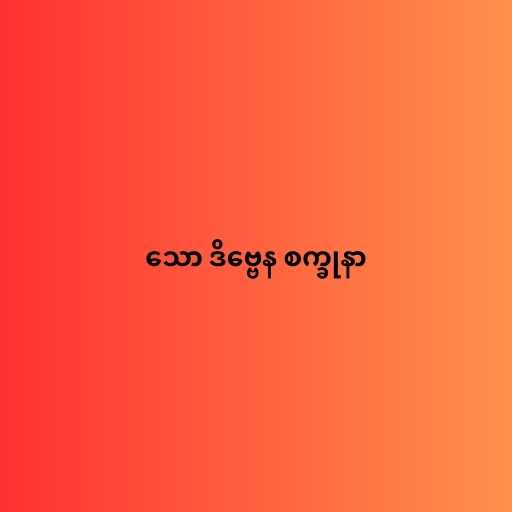
သော ဒိဗ္ဗေန စက္ခုနာ